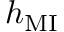
h _ { \mathrm { M I } }